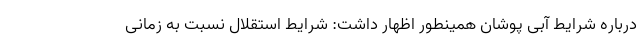
درباره شرایط آبی پوشان همینطور اظهار داشت: شرایط استقلال نسبت به زمانی